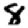
Digit: 8